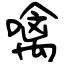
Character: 噙